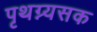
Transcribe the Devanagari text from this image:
पृथग्न्यसक